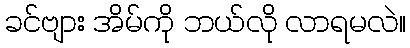
ခင်ဗျား အိမ်ကို ဘယ်လို လာရမလဲ။